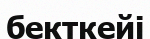
бекткейі